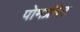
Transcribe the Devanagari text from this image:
पोमग्रॅनेट